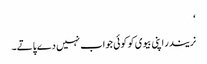
‘
نریندر اپنی بیوی کو کوئی جواب نہیں دے پاتے۔